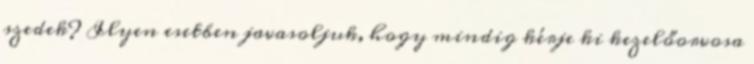
szedek? Ilyen esetben javasoljuk, hogy mindig kérje ki kezelőorvosa